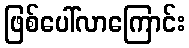
ဖြစ်ပေါ်လာကြောင်း